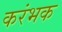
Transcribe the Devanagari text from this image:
करंभक